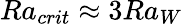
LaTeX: Ra_{crit}\approx 3Ra_{W}